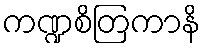
ကဏ္ဍစိတြကာနိ